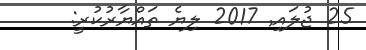
25 ޖުލައި